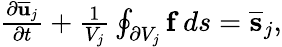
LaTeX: \begin{array}{r}{\frac{\partial\overline{{\mathbf u}}_{j}}{\partial t}+\frac{1}{V_{j}}\oint_{\partial V_{j}}{\mathbf f}\, ds=\overline{{\mathbf s}}_{j},}\end{array}